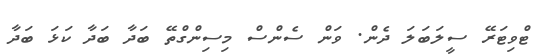
ޓްވިޓަރޭ ސީލަބަލަ ދެން. ވަން ސެންސް މިސިންގްތޭ ބަދާ ބަދާ ކަޅަ ބަދާ